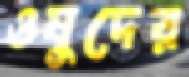
ওষুদের